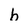
Character: b